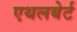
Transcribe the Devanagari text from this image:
एथलबेर्ट